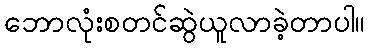
ဘောလုံးစတင်ဆွဲယူလာခဲ့တာပါ။